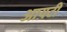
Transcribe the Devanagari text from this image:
आय़टी